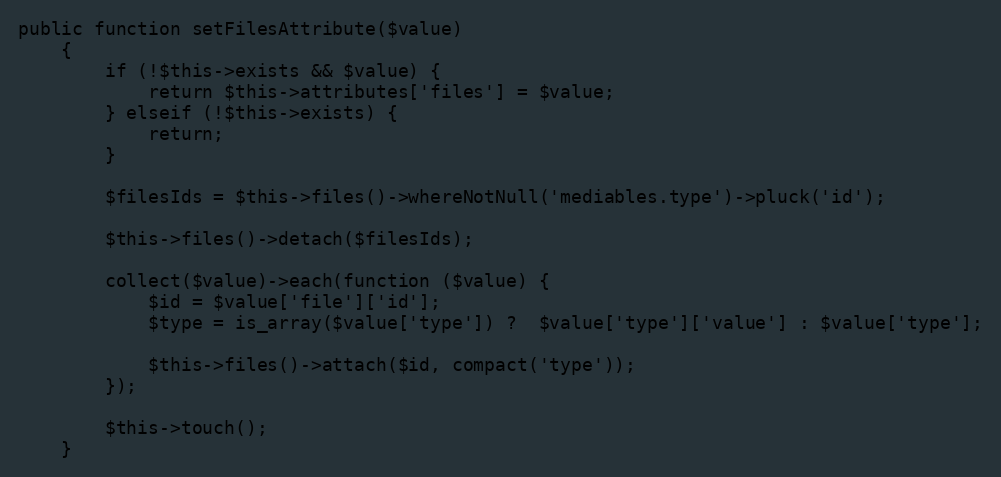
Language: PHP
public function setFilesAttribute($value)
    {
        if (!$this->exists && $value) {
            return $this->attributes['files'] = $value;
        } elseif (!$this->exists) {
            return;
        }

        $filesIds = $this->files()->whereNotNull('mediables.type')->pluck('id');

        $this->files()->detach($filesIds);

        collect($value)->each(function ($value) {
            $id = $value['file']['id'];
            $type = is_array($value['type']) ?  $value['type']['value'] : $value['type'];

            $this->files()->attach($id, compact('type'));
        });

        $this->touch();
    }